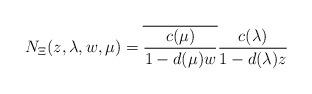
LaTeX: \begin{align*}N_{\Xi}(z,\lambda,w,\mu)=\overline{\frac{c(\mu)}{1-d(\mu)w}}\frac{c(\lambda)}{1-d(\lambda)z}\end{align*}